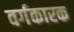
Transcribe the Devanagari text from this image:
वर्गकारक